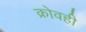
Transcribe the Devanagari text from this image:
क्रोवही